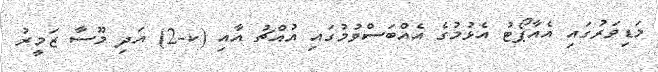
މަޑިވަރުގައި އެއާޕޯޓު އެޅުމުގެ އެއްބަސްވުމުގައި އުއްޗު އާއި (ކ-2) އަދި މޫސާ ޒަމީރު